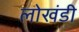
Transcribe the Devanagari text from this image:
लाेखंडी